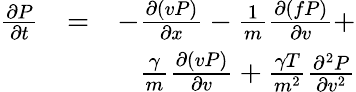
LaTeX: \begin{array}{rlr}{{\frac{\partial P}{\partial t}}}&{=}&{-{\frac{\partial(vP)}{\partial x}}-{\frac{1}{m}}{\frac{\partial(fP)}{\partial v}}+}\\ &{}&{{\frac{\gamma}{m}}{\frac{\partial(vP)}{\partial v}}+{\frac{\gamma T}{m^{2}}}{\frac{\partial^{2}P}{\partial v^{2}}}}\end{array}